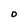
Character: O